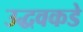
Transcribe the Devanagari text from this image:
उद्धवकडे